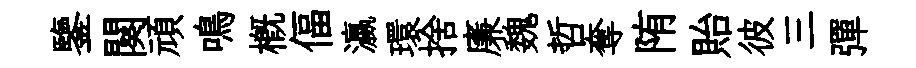
鑒闋頑鳴槪偪瀛環捨廉魏哲奪陏貽彼三彈